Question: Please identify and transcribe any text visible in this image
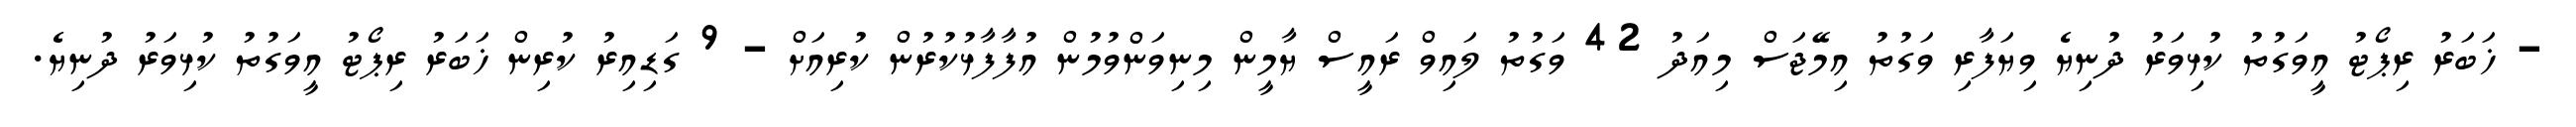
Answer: - ޚަބަރު ރިޕޯޓު އީވަގުތު ކުޅިވަރު ދުނިޔެ ވިޔަފާރި ވަގުތު އިމޭޖަސް މިއަދު 42 ވަގުތު ލައިވް ރައީސް ޔާމީން މިނިވަންވުމުން އުފާފާޅުކުރުން ކުރިއަށް - 9 ގަޑިއިރު ކުރިން ޚަބަރު ރިޕޯޓު އީވަގުތު ކުޅިވަރު ދުނިޔެ.